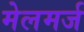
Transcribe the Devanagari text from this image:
मेलमर्ज